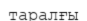
таралғы